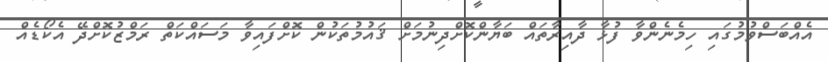
އެއްބަސްވުމުގައި ހިމެނެންވާ ފުޅާ ދާއިރާތައް ބަޔާންކޮށްދިނުމަށް ޤައުމުތަކުން ކޮށްފައިވާ މަސައްކަތް ރަމްޒުކޮށްދޭ އެކޯޑެއް